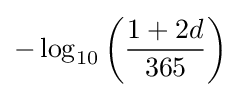
-\log _{10}\left({\frac {1+2d}{365}}\right)